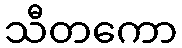
သီတကော